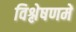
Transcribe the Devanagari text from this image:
विश्लेषणमें